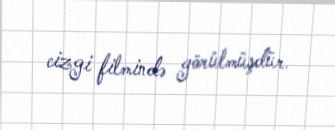
cizgi filmində görülmüşdür.